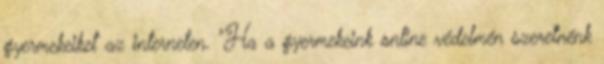
gyermekeiket az interneten. "Ha a gyermekeink online védelmén szeretnénk